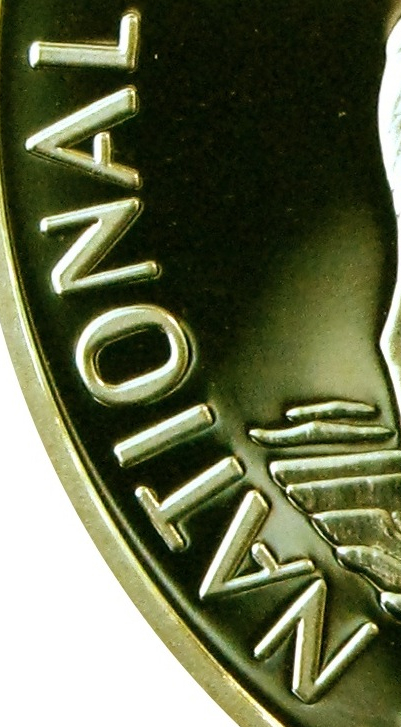
NATIONAL